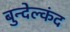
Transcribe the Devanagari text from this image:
बुन्देल्कंद